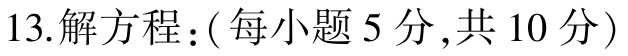
13.解方程：(每小题5分,共10分)